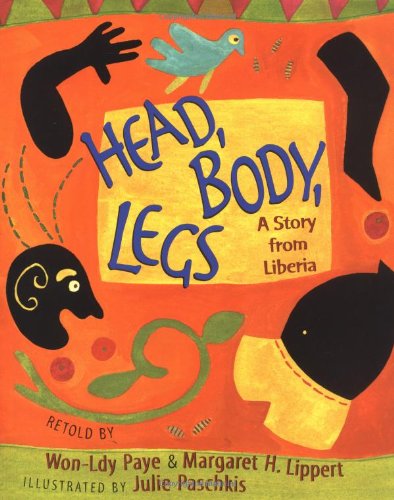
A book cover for Head, Body, Legs: A Story from Liberia; Won-Ldy Paye; Children's Books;